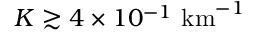
K \gtrsim 4 \times 1 0 ^ { - 1 } ~ \mathrm { k m } ^ { - 1 }